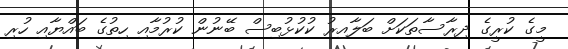
މީގެ ކުރީގެ ދިރާސާތަކަށް ބަލާއިރު ކުކުޅުބިސް ބޭނުން ކުރުމާއި ހިތުގެ ބައްޔާއި ހުރި